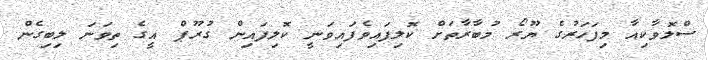
ސްލޮވާކިއާ މިފަހަރުގެ ޔޫރޯ މުބާރާތަށް ކޮލިފައިވެފައިވަނީ ކޮލިފައިން ގުރޫޕް އީގެ ތިވަނަ ލިބިގެން